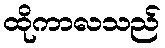
ထိုကာလသည်